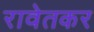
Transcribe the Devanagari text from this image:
रावेतकर